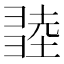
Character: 𢑫